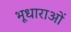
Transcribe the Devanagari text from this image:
भूधाराओं